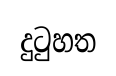
දුටුහත